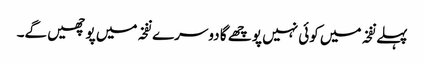
پہلے نفخہ میں کوئی نہیں پوچھے گا دوسرے نفخہ میں پوچھیں گے۔